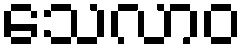
သေလာဝ